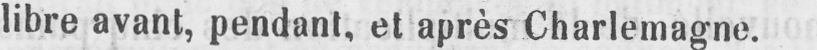
libre avant, pendant, et après Charlemagne.